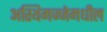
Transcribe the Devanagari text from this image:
अस्थिमज्जेमधील